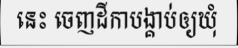
នេះ ចេញដីកាបង្គាប់ឲ្យឃុំ